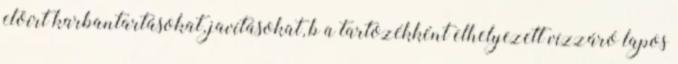
elõírt karbantartásokat, javításokat, b a tartozékként elhelyezett vízzáró lapos